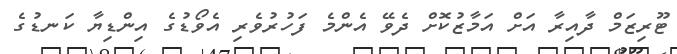
ޓޫރިޒަމް ދާއިރާ އަށް އަމާޒުކޮށް ދެވޭ އެންމެ ފަހުރުވެރި އެވޯޑުގެ އިންޑިޔާ ކަނޑުގެ